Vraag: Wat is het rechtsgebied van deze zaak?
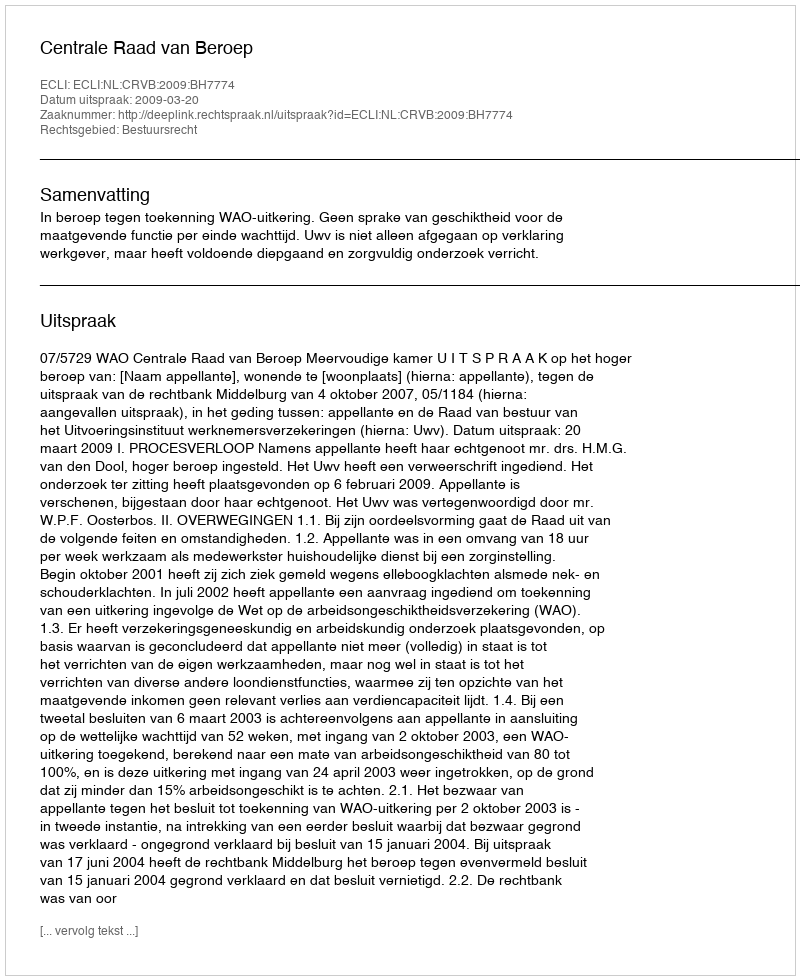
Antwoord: Bestuursrecht